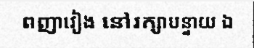
ពញាវៀង នៅរក្សាបន្ទាយ ឯ